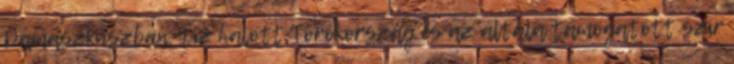
Damaszkuszban, tíz halott Törökország és az általa támogatott szír